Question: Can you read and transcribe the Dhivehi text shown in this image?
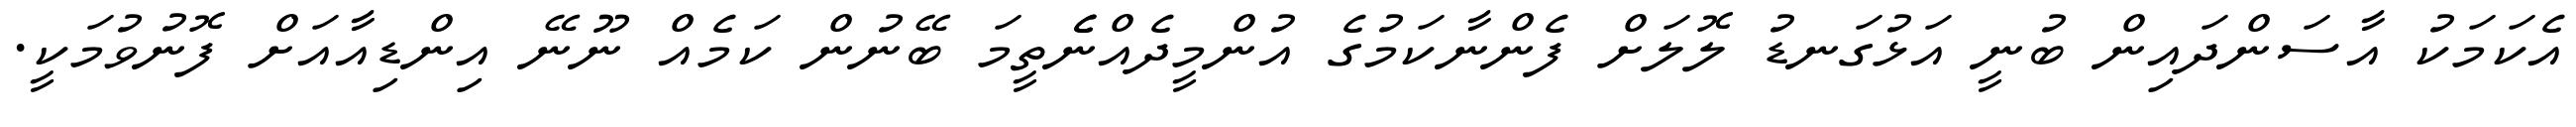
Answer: އެކަމަކު އާސަންދައިން ބުނީ އަޅުގަނޑު ލޮލަށް ފެންނާކަމުގެ އުންމީދެއްނެެތީމަ ބޭނުން ކަމެއް ނޫނޭ އިންޑިއާއަށް ފޮނުވުމަކީ.